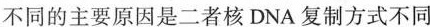
不同的主要原因是二者核DNA复制方式不同